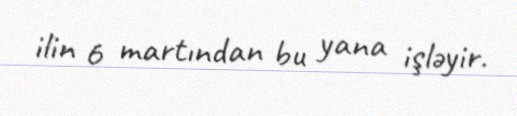
ilin 6 martından bu yana işləyir.